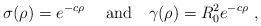
LaTeX: \begin{align*} \sigma(\rho) = e^{-c \rho}~ \quad \mbox{and} \quad \gamma(\rho)=R_0^2e^{-c\rho}\ ,\end{align*}